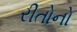
રીતોનો